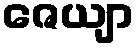
ဇေယျာ